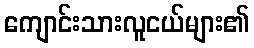
ကျောင်းသားလူငယ်များ၏